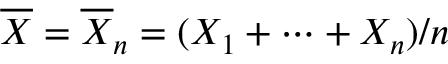
{ \overline { { X } } } = { \overline { { X } } } _ { n } = ( X _ { 1 } + \cdots + X _ { n } ) / n